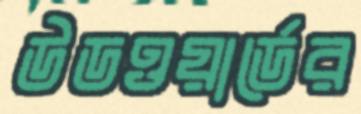
উডওয়ার্ডের